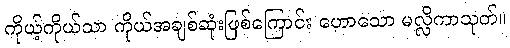
ကိုယ့်ကိုယ်သာ ကိုယ်အချစ်ဆုံးဖြစ်ကြောင်း ဟောသော မလ္လိကာသုတ်။